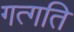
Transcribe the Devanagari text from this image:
गत्गति